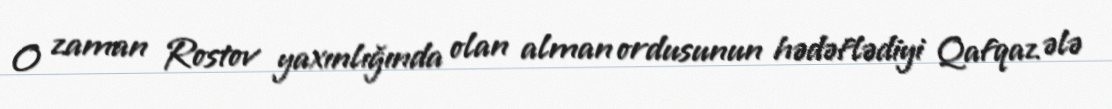
O zaman Rostov yaxınlığında olan alman ordusunun hədəflədiyi Qafqaz ələ